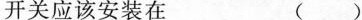
开关应该安装在 ( )